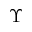
\Upsilon